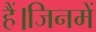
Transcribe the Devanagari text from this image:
हैं।जिनमें